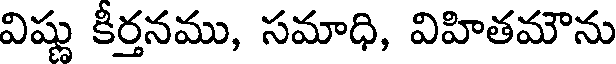
విష్ణు కీర్తనము, సమాధి, విహితమౌను